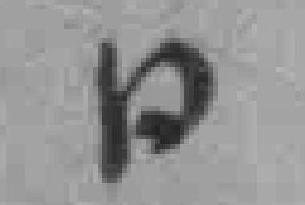
日